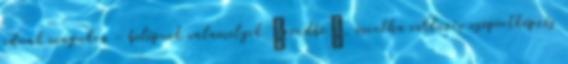
adnak magukra - belépnek vala­me­lyik „rend­be”, mintha exkluzív csoportképzés